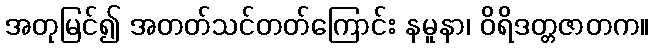
အတုမြင်၍ အတတ်သင်တတ်ကြောင်း နမူနာ၊ ဝိရိဒတ္တဇာတက။